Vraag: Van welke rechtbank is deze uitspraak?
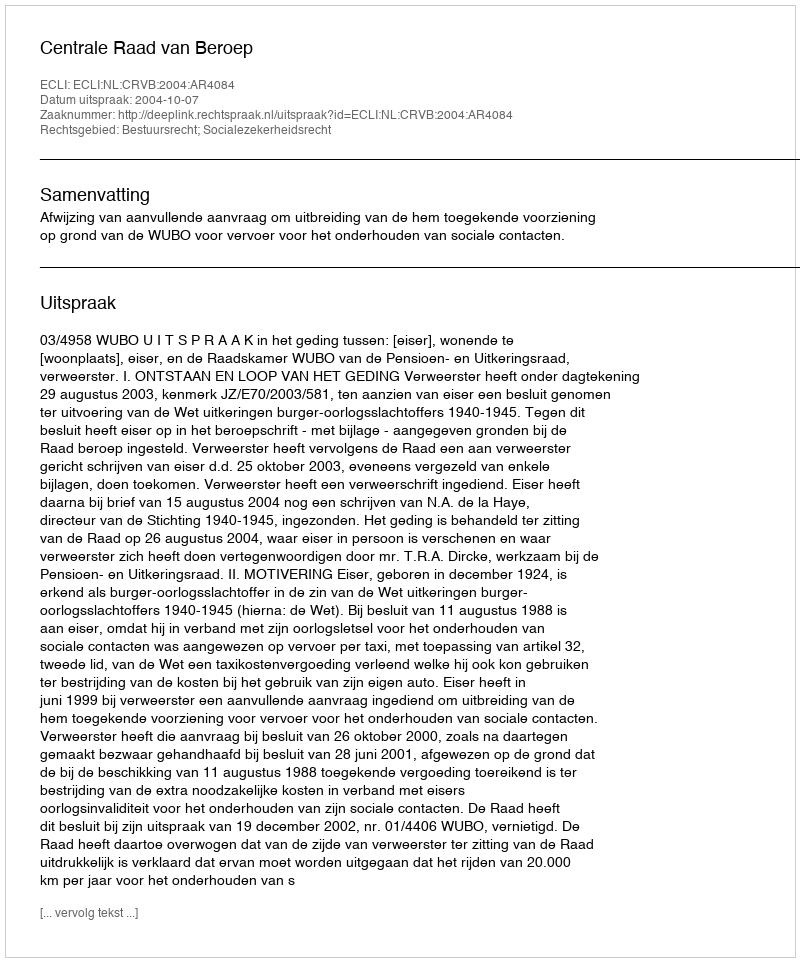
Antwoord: Centrale Raad van Beroep